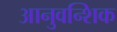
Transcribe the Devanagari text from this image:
आनुवन्शिक